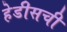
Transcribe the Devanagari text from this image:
हेडीसची